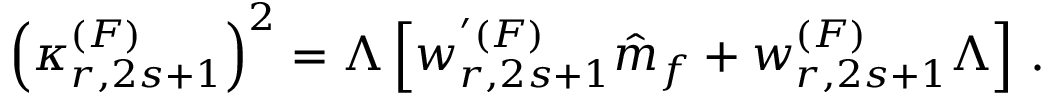
\left( \kappa _ { r , 2 s + 1 } ^ { ( F ) } \right) ^ { 2 } = \Lambda \left[ w _ { r , 2 s + 1 } ^ { ' ( F ) } \hat { m } _ { f } + w _ { r , 2 s + 1 } ^ { ( F ) } \Lambda \right] \, .